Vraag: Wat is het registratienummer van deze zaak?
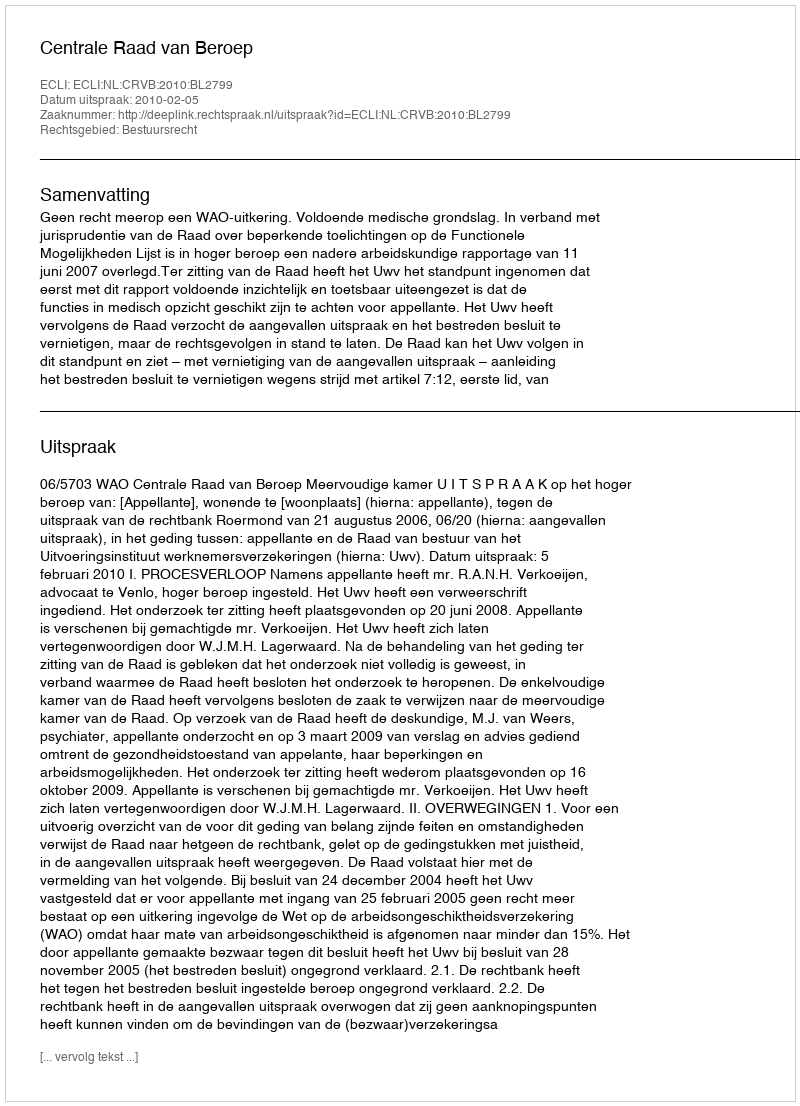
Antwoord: http://deeplink.rechtspraak.nl/uitspraak?id=ECLI:NL:CRVB:2010:BL2799